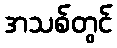
အသစ်တွင်